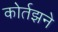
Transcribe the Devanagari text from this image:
कोर्तझने